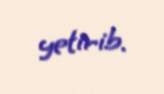
yetirib.